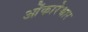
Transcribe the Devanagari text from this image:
ओंकारेश्वार